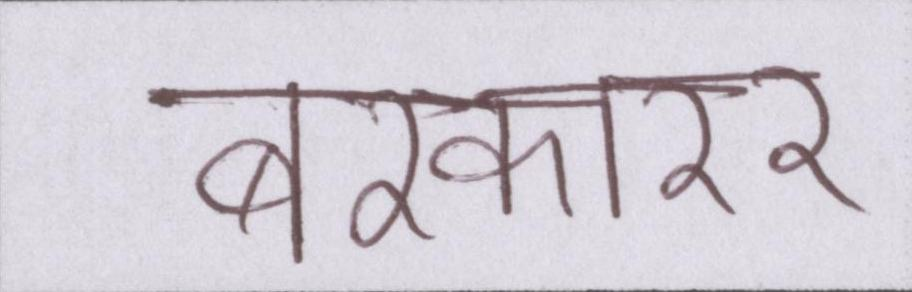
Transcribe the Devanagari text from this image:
बरकारर